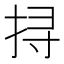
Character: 挦